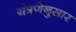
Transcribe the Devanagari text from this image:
यंत्रणेनुसार